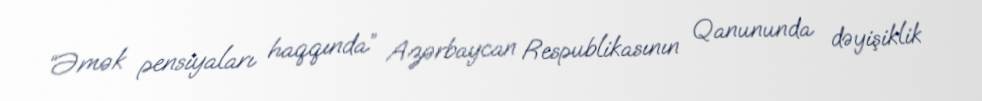
“Əmək pensiyaları haqqında” Azərbaycan Respublikasının Qanununda dəyişiklik